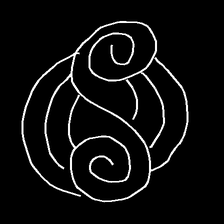
Glyph: wind-underfoot